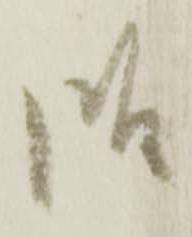
御